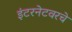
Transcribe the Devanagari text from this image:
इंटरनेटवरचे